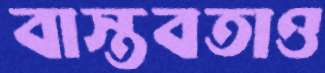
বাস্তবতাও